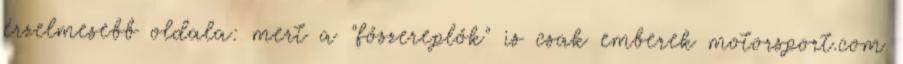
érzelmesebb oldala: mert a "főszereplők" is csak emberek motorsport.com